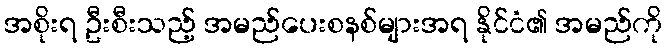
အစိုးရ ဦးစီးသည့် အမည်ပေးစနစ်များအရ နိုင်ငံ၏ အမည်ကို